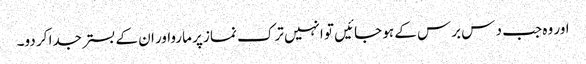
اور وہ جب د س برس کے ہو جائیں تو انہیں ترک نماز پر مارواور ان کے بستر جدا کر دو۔